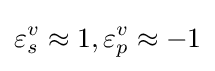
\varepsilon _{s}^{v}\approx 1,\varepsilon _{p}^{v}\approx -1